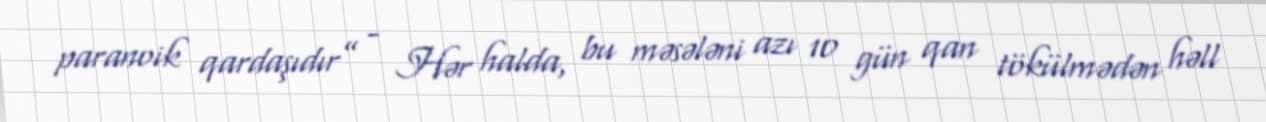
paranoik qardaşıdır” - Hər halda, bu məsələni azı 10 gün qan tökülmədən həll